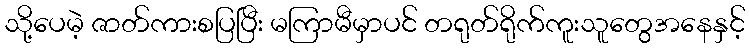
သို့ပေမဲ့ ဇာတ်ကားစပြပြီး မကြာမီမှာပင် တရုတ်ရိုက်ကူးသူတွေအနေနှင့်